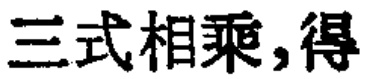
三式相乘,得